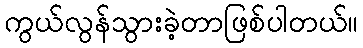
ကွယ်လွန်သွားခဲ့တာဖြစ်ပါတယ်။